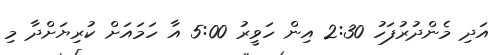
އަދި މެންދުރުފަހު 2:30 އިން ހަވީރު 5:00 އާ ހަމައަށް ކުރިޔަށްދާ މި